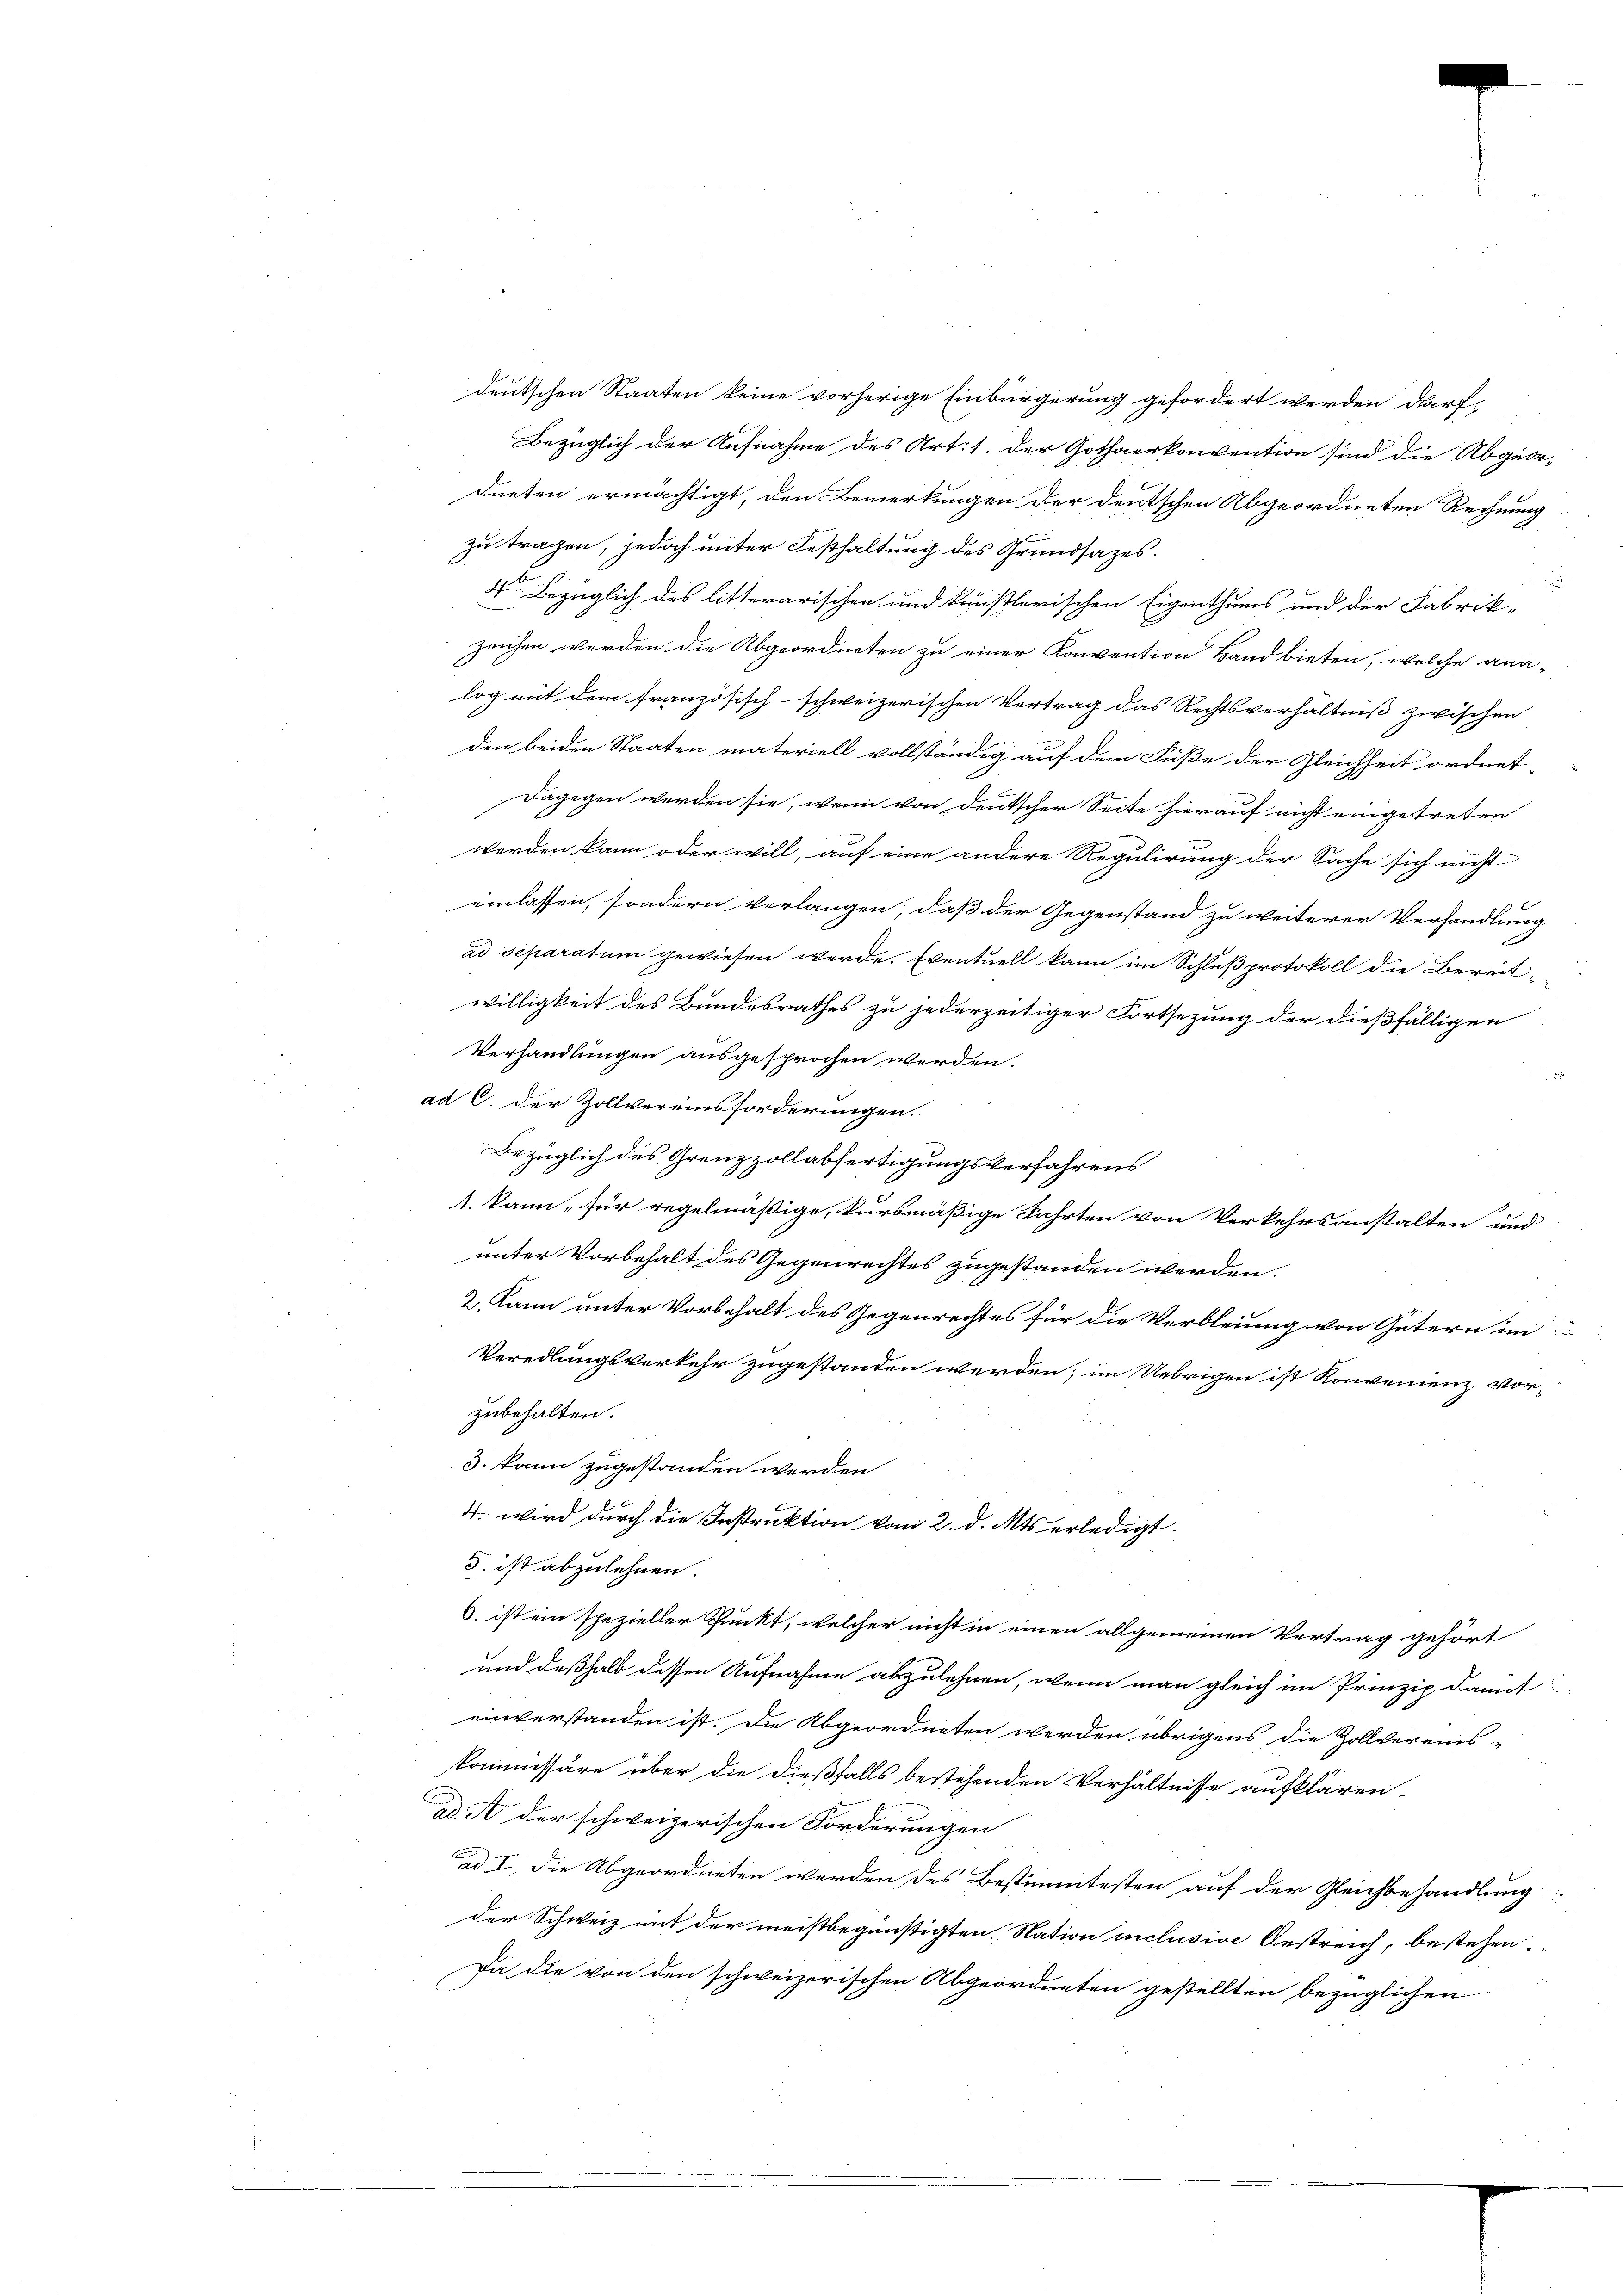
deutschen Staaten keine vorherige Einbürgerung gefordert werden darf,
Bezüglich der Aufnahme des Art: 1. der Gothaerkonvention sind die Abgeor-
dneten ermächtigt, den Bemerkungen der deutschen Abgeordneten Rechnung
zu tragen, jedoch unter Festhaltung des Grundsazes.
3 Bezüglich des litterarischen und künstlerischen Eigenthums und der Fabrik-
zeichen werden die Abgeordneten zu einer Konvention Hand bieten, welche ana-
log mit dem französisch-schweizerischen Vertrag das Rechtsverhältniß zwischen
den beiden Staaten materiell vollständig auf dem Fuße der Gleichheit ordnet,
Dagegen werden sie, wenn von deutscher Seite hierauf nicht eingetreten
werden kann oder will, auf eine andere Regulirung der Sache sich nicht
einlassen, sondern verlangen, daß der Gegenstand zu weiterer Verhandlung
ad separatum gewiesen werde. Eventuell kann im Schlußprotokoll die Bereitwilligkeit des Bundesrathes zu jederzeitiger Fortsezung der dießfälligen
Verhandlungen ausgesprochen werden.
ad C. der Zollvereinsforderungen.
Bezüglich des Grenzzollabfertigungsverfahrens
1. kann, für regelmäßige, kursmäßige Fahrten von Verkehrsanstalten und
unter Vorbehalt des Gegenrechtes zugestanden werden.
2. Kann unter Vorbehalt des Gegenrechtes für die Verbleiung von Gütern im
Veredlungsverkehr zugestanden werden; im Uebrigen ist Konvenienz, vorzubehalten.
3. kann zugestanden werden
4. wird durch die Instruktion vom 2. d. Mts. erledigt.
d. ist abzulehnen.
6. ist ein spezieller Punkt, welcher nicht in einen allgemeinen Vertrag gehört
und deßhalb dessen Aufnahme abzulehnen, wenn man gleich im Prinzip damit
einverstanden ist. Die Abgeordneten werden übrigens die Zollvereins-
kommissäre über die dießfalls bestehenden Verhältnisse aufklären,
ad. A der schweizerischen Forderungen
ad I. Die Abgeordneten werden des Bestimmtesten auf der Gleichbehandlung
der Schweiz mit der meistbegünstigten Nation inclusive Oestreich, bestehen.
Da die von den schweizerischen Abgeordneten gestellten bezüglichen